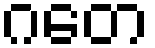
ဂတေ